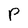
Character: p